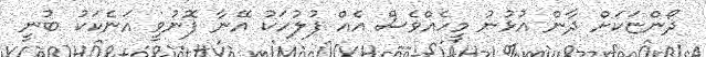
ދޯންޏަކަށް ދާން އުޅުނު މީހެއްވެސް އެއް ފުލުހަކު އޭނާ ފޮނުވީ އަނެކަކު ބުނީ